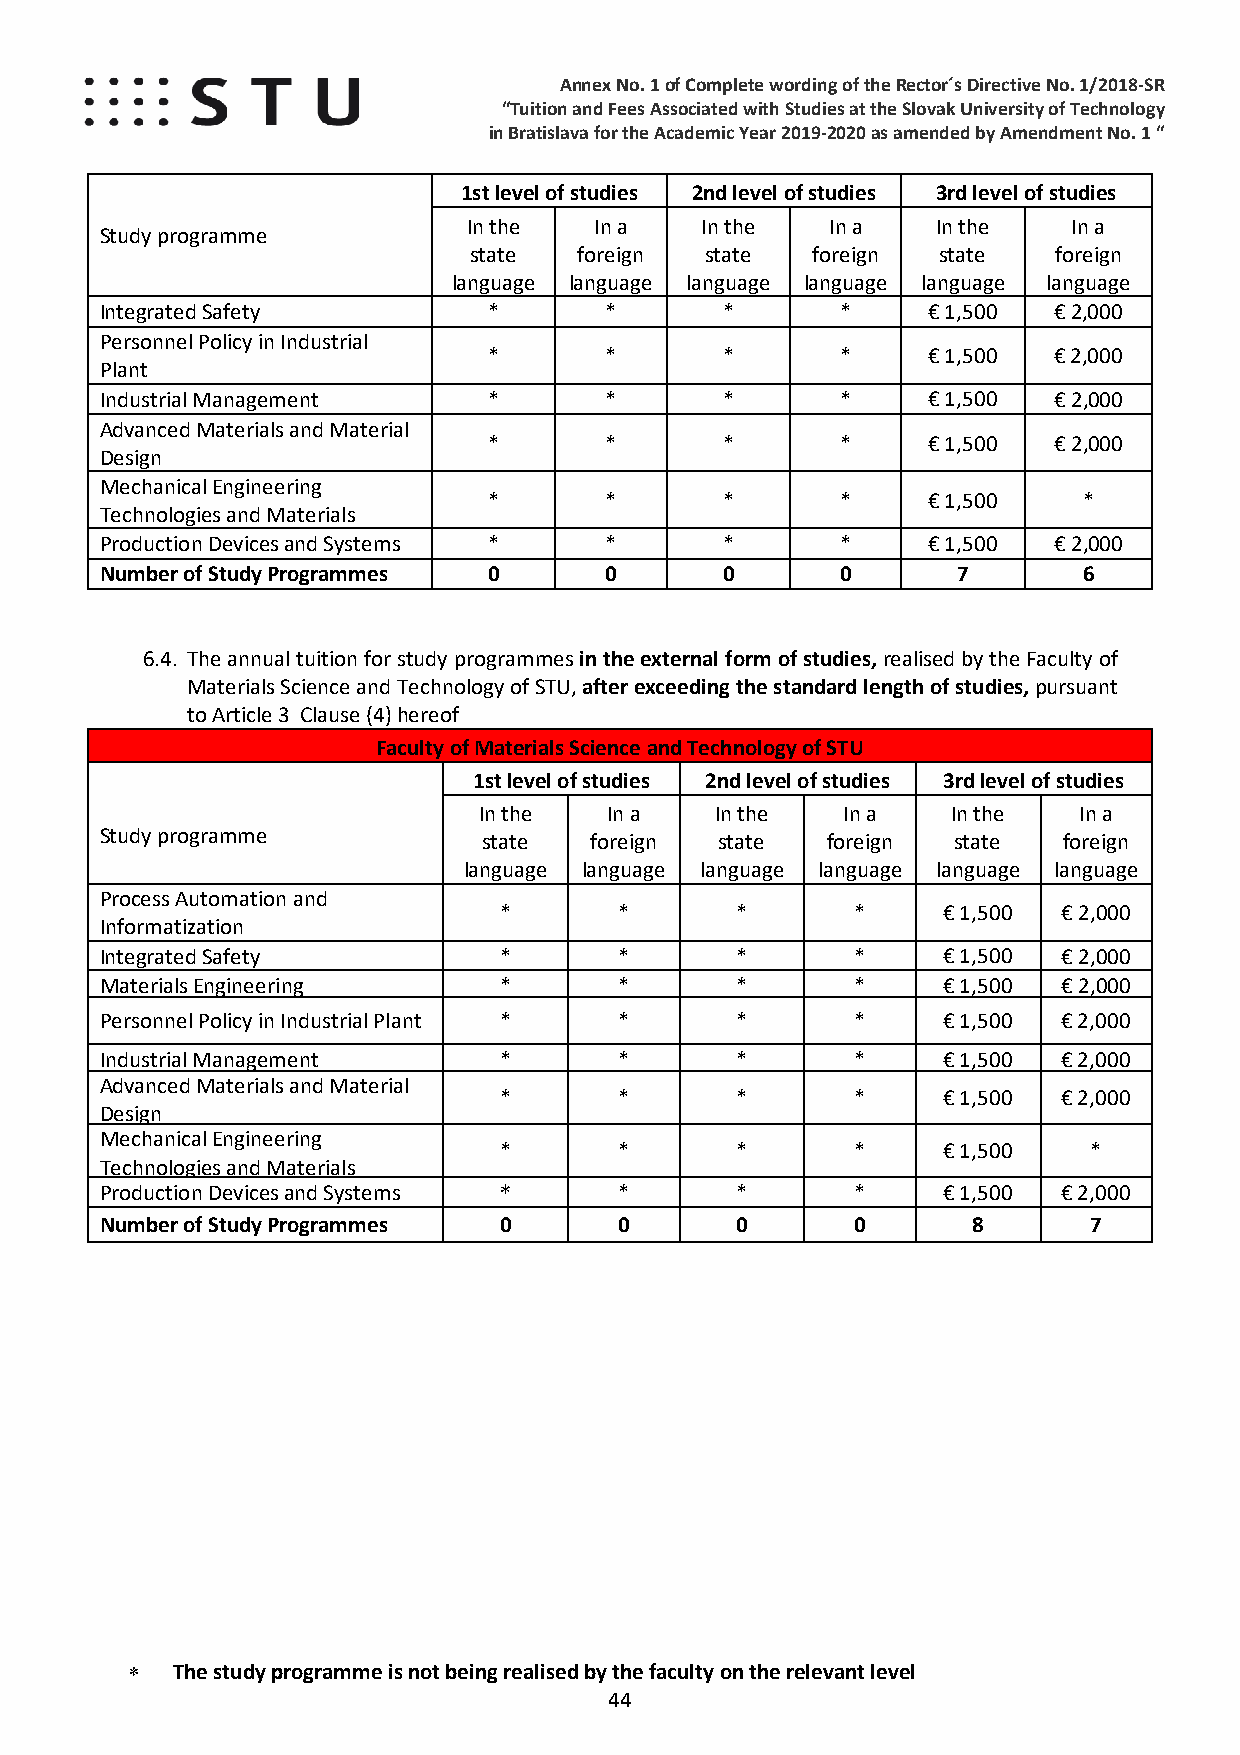
Annex No. 1 of Complete wording of the Rector´s Directive No. 1/2018-SR
 “Tuition and Fees Associated with Studies at the Slovak University of Technology
 in Bratislava for the Academic Year 2019-2020 as amended by Amendment No. 1 “
 1st level of studies 2nd level of studies 3rd level of studies
 In the  In a   In the   In a   In the   In a
 Study programme
 state  foreign  state  foreign state   foreign
 language language language language language language
 Integrated Safety        *       *       *       *    € 1,500  € 2,000
 Personnel Policy in Industrial
 *       *       *       *    € 1,500  € 2,000
 Plant
 Industrial Management    *       *       *       *    € 1,500  € 2,000
 Advanced Materials and Material
 *       *       *       *    € 1,500  € 2,000
 Design
 Mechanical Engineering
 *       *       *       *    € 1,500    *
 Technologies and Materials
 Production Devices and Systems * *       *       *    € 1,500  € 2,000
 Number of Study Programmes 0     0       0       0      7        6
 6.4. The annual tuition for study programmes in the external form of studies, realised by the Faculty of
 Materials Science and Technology of STU, after exceeding the standard length of studies, pursuant
 to Article 3 Clause (4) hereof
 Faculty of Materials Science and Technology of STU
 1st level of studies 2nd level of studies 3rd level of studies
 In the  In a   In the   In a   In the  In a
 Study programme          state  foreign  state  foreign state  foreign
 language language language language language language
 Process Automation and
 *       *       *       *    € 1,500 € 2,000
 Informatization
 Integrated Safety         *       *       *       *    € 1,500 € 2,000
 Materials Engine ering    *       *       *       *    € 1,500 € 2,000
 Personnel Policy in Industrial Plant * *  *       *    € 1,500 € 2,000
 Industrial Management     *       *       *       *    € 1,500 € 2,000
 Advanced Materials and Material
 *       *       *       *    € 1,500 € 2,000
 Design
 Mechanical Engineering
 *       *       *       *    € 1,500   *
 Technologies and Materials
 Production Devices and Systems    *       *       *    € 1,500 € 2,000
 Number of Study Programmes 0      0       0       0      8       7
 *
 ∗  The study programme is not being realised by the faculty on the relevant level
 44